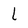
Character: l